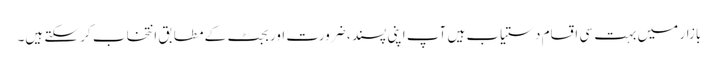
بازار میں بہت سی اقسام دستیاب ہیں آپ اپنی پسند ، ضرورت اور بجٹ کے مطابق انتخاب کر سکتے ہیں۔